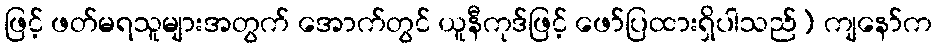
ဖြင့် ဖတ်မရသူများအတွက် အောက်တွင် ယူနီကုဒ်ဖြင့် ဖော်ပြထားရှိပါသည်) ကျနော်က